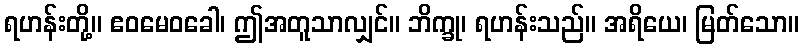
ရဟန်းတို့။ ဧဝမေဝခေါ၊ ဤအတူသာလျှင်။ ဘိက္ခု၊ ရဟန်းသည်။ အရိယေ၊ မြတ်သော။